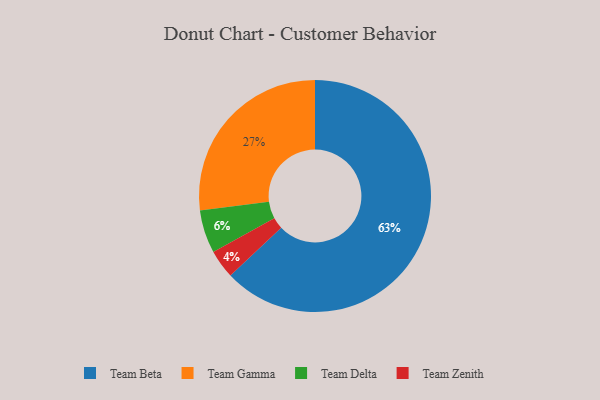
{"axis": {"x": "Category", "y": "Percentage"}, "legend": ["Team Beta", "Team Delta", "Team Gamma", "Team Zenith"], "data": [{"x": "Team Delta", "y": 6, "type": "Team Delta"}, {"x": "Team Gamma", "y": 27, "type": "Team Gamma"}, {"x": "Team Zenith", "y": 4, "type": "Team Zenith"}, {"x": "Team Beta", "y": 63, "type": "Team Beta"}]}